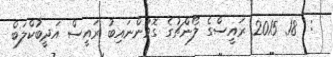
:  18